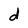
Character: d